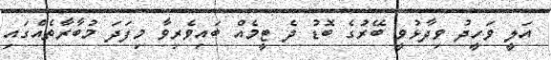
އަލީ ވަހީދު ވިދާޅުވީ ބޭރުގެ ބޮޑު ދެ ޓީމެއް ބައިވެރިވާ މިފަދަ މުބާރާތެއްގައި